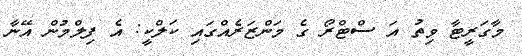
މާގަރީޓާ ވިތު އަ ސްޓްރޯ ގެ މަންޒަރެއްގައި ކަލްކީ: އެ ފިލްމުން އޭނާ